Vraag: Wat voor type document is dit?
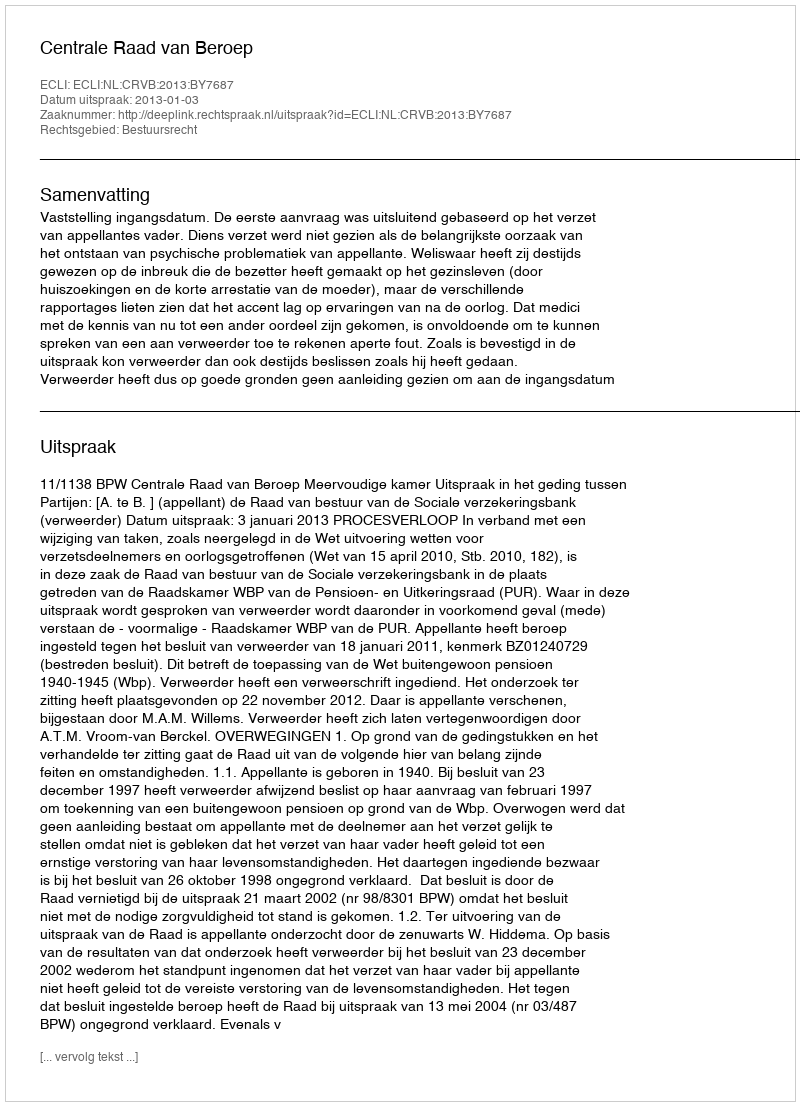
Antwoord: Uitspraak